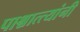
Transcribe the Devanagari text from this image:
पाश्चात्त्यांनी